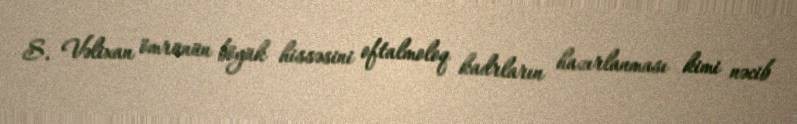
S. Vəlixan ömrünün böyük hissəsini oftalmoloq kadrların hazırlanması kimi nəcib